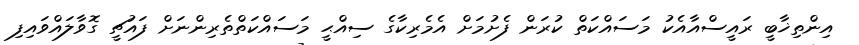
އިންތިޚާބީ ރައީސްއާއެކު މަސައްކަތް ކުރަން ފެށުމަށް އެމެރިކާގެ ސިއްޙީ މަސައްކަތްތެރިންނަށް ފައުޗީ ގޮވާލައްވައިފި